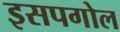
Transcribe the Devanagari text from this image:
इसपगोल